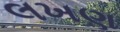
લખણ